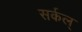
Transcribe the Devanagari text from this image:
सर्कल्